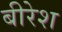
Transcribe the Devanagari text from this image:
बीरेश